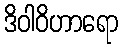
ဒိဝါဝိဟာရော